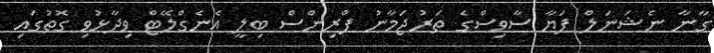
ގާނާ ނެޝަނަލް ފަޔާ ސާވިސްގެ ތަރުޖަމާނު ޕްރިންސް ބިލީ އެނެގްލޭޓް ވިދާޅުވި ގޮތުގައި